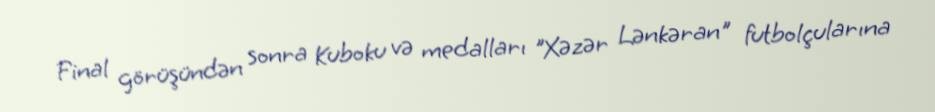
Final görüşündən sonra Kuboku və medalları "Xəzər Lənkəran" futbolçularına